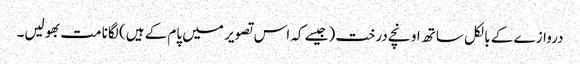
دروازے کے بالکل ساتھ اونچے درخت (جیسے کہ اس تصویر میں پام کے ہیں) لگانا مت بھولیں۔